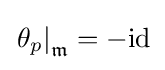
\left.\theta _{p}\right|_{\mathfrak {m}}=-\mathrm {id}